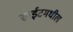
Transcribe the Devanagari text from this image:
साईटमधील